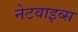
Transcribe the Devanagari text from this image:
नेटवाइव्स